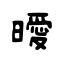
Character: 曖